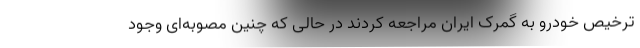
ترخیص خودرو به گمرک ایران مراجعه کردند در حالی که چنین مصوبه‌ای وجود